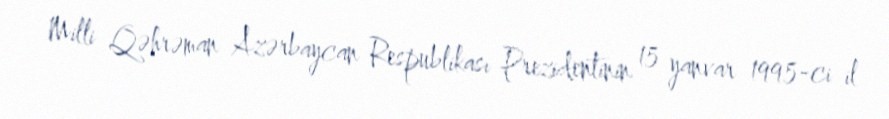
Milli Qəhrəman Azərbaycan Respublikası Prezidentinin 15 yanvar 1995-ci il